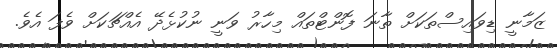
ޒަމާނީ ޑިވައިސްތަކަށް ތާނަ ފޮންޓްތައް މިހާރު ވަނީ ނުކުޅެދޭ އެއްޗަކަށް ވެފަ އެވެ.